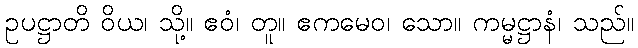
ဥပဋ္ဌာတိ ဝိယ၊ သို့။ ဧဝံ၊ တူ။ ဧကမေဝ၊ သော။ ကမ္မဋ္ဌာနံ၊ သည်။